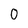
Character: 0